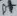
Text: D+